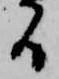
る